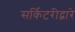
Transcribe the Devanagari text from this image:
सर्किटरीद्वारे